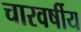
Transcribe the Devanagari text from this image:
चारवर्षीय